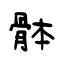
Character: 骵